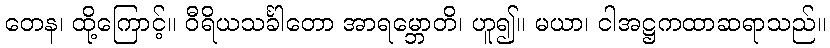
တေန၊ ထို့ကြောင့်။ ဝီရိယသင်္ခါတော အာရမ္ဘောတိ၊ ဟူ၍။ မယာ၊ ငါအဋ္ဌကထာဆရာသည်။